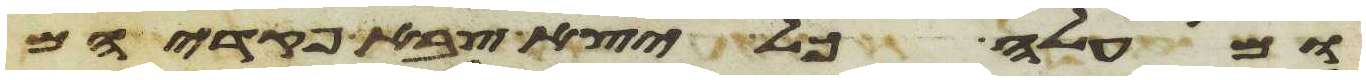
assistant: ומעלה כל יצא צבא פקדיהם